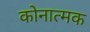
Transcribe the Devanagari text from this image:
कोनात्मक